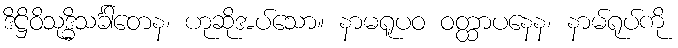
ဒိဋ္ဌိဝိသုဒ္ဓိသင်္ခါတေန၊ ဟုဆိုအပ်သော။ နာမရူပဝ ဝတ္ထာပနေန၊ နာမ်ရုပ်ကို